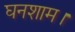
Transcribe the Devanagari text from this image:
घनशाम।